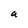
Character: a